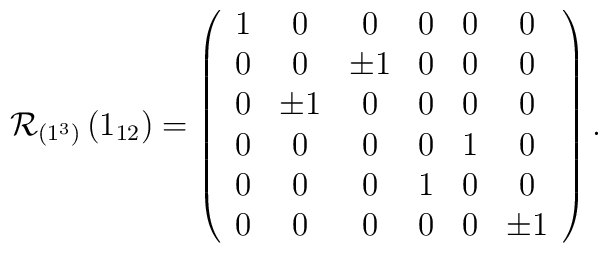
{\cal R}_{(1^3)} \left( 1_{12} \right)=\left( \begin{array}{cccccccc}1&0&0&0&0&0\\0&0&\pm1&0&0&0\\0&\pm1&0&0&0&0\\0&0&0&0&1&0\\0&0&0&1&0&0\\0&0&0&0&0&\pm1\end{array}\right) .